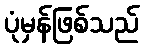
ပုံမှန်ဖြစ်သည်